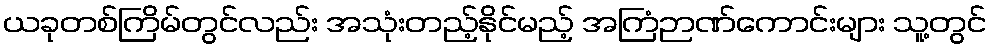
ယခုတစ်ကြိမ်တွင်လည်း အသုံးတည့်နိုင်မည့် အကြံဉာဏ်ကောင်းများ သူ့တွင်